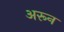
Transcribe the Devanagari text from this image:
अरून